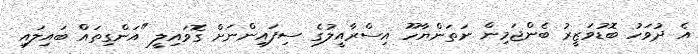
އެ ދުވަހު ބޮޑުވަޒީރު ބެންޖަމިން ނަތަންޔާހޫ އިސްރާއީލުގެ ސިފައިންނަށް ގޮވައިލީ "އަންގިތައް ބައިލައި